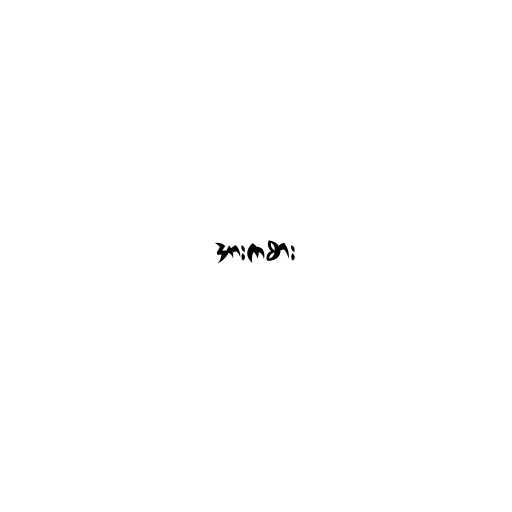
အားကစား